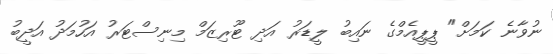
ނުވާނެ ކަމަށް" ޕީޕީއެމްގެ ނައިބު ލީޑަރު އަދި ޓޫރިޒަމް މިނިސްޓަރު އަހުމަދު އަދީބު